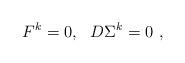
LaTeX: \begin{align*}F^k=0,~~D\Sigma^k=0\ , \end{align*}